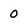
Character: 0